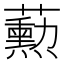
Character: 𬟓